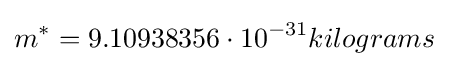
m^{*}=9.10938356\cdot 10^{-31}kilograms